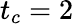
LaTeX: t_{c}=2